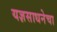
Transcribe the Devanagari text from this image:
यज्ञसाधनेचा